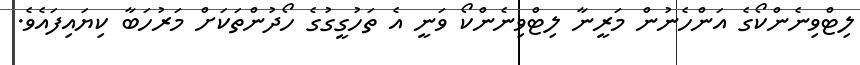
ލިޓްވިނެންކޯގެ އަންހެނުން މަރީނާ ލިޓްވިނެންކޯ ވަނީ އެ ތަހުގީގުގެ ހޯދުންތަކަށް މަރުހަބާ ކިޔައިފައެވެ.